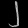
Digit: ၂